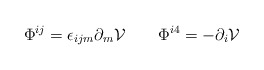
\begin{align*}\Phi^{ij} = \epsilon_{ijm} \partial _m{\cal V} \qquad \Phi^{i4} = -\partial _i {\cal V}\end{align*}